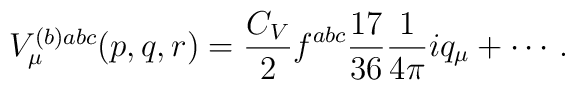
\begin{array}{l}V_\mu ^{(b)abc}(p,q,r)=\displaystyle\frac{C_V}2f^{abc}\frac{17}{36}\frac1{4\pi }iq_\mu +\cdots \, . \end{array}